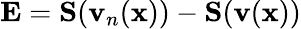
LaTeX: \mathbf{E}=\mathbf{S}(\mathbf{v}_{n}(\mathbf{x}))-\mathbf{S}(\mathbf{v}(\mathbf{x}))